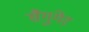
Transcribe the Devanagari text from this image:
सैगुगेर